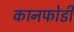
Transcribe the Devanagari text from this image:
कानफोडी